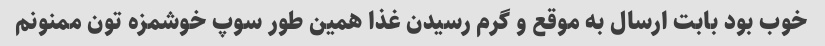
خوب بود بابت ارسال به موقع و گرم رسیدن غذا همین طور سوپ خوشمزه تون ممنونم